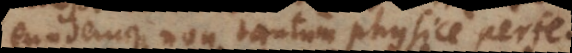
eundemque non tantum physice perfe